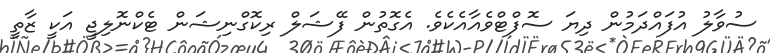
ސުވާލު އުފައްދަމުން ދިޔަ ސޮފްޓްވެއާއެކެވެ. އެގޮތުން ފޭޝަލް ރިކޮގްނިޝަން ޓެކްނޮލިޖީ އަކީ ޒާތީ